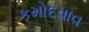
કમોદવાવ